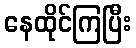
နေထိုင်ကြပြီး